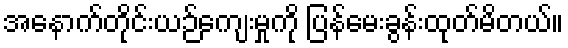
အနောက်တိုင်းယဉ်ကျေးမှုကို ပြန်မေးခွန်းထုတ်မိတယ်။